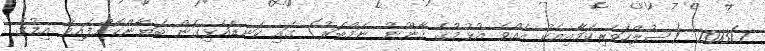
2013/1 (ސުލްހަވެރިކަމާއިއެކު އެއްވެ އުޅުމުގެ ޤާނޫނު ނަމްބަރު) ގައި ކަނޑައެޅިގެން ބަޔާންކޮށްފައިވާ އިމުގެ